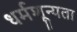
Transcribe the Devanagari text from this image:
धर्मशून्यता